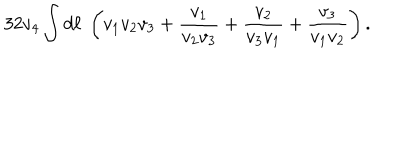
LaTeX: 3 2 v _ { 4 } \int { d \ell } \; \left( v _ { 1 } v _ { 2 } v _ { 3 } + { \frac { v _ { 1 } } { v _ { 2 } v _ { 3 } } } + { \frac { v _ { 2 } } { v _ { 3 } v _ { 1 } } } + { \frac { v _ { 3 } } { v _ { 1 } v _ { 2 } } } \right) .